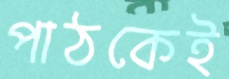
পাঠকেই